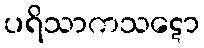
ပရိသာကသဋော